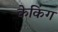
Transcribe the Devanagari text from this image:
केकिंग